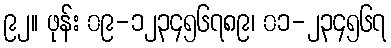
၉၂။ ဖုန်း ၀၉-၁၂၃၄၅၆၇၈၉၊ ၀၁-၂၃၄၅၆၇